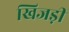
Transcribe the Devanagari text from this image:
खिजड़ी